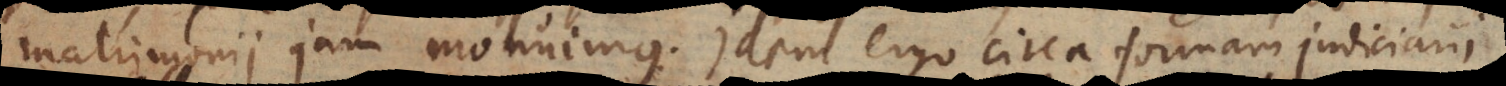
matrimonii jam monuimus. Idem ergo circa formam judiciarii